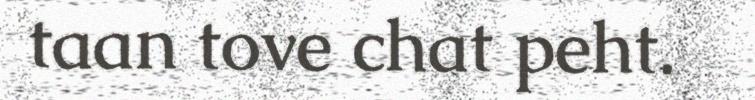
taan tove chat peht.